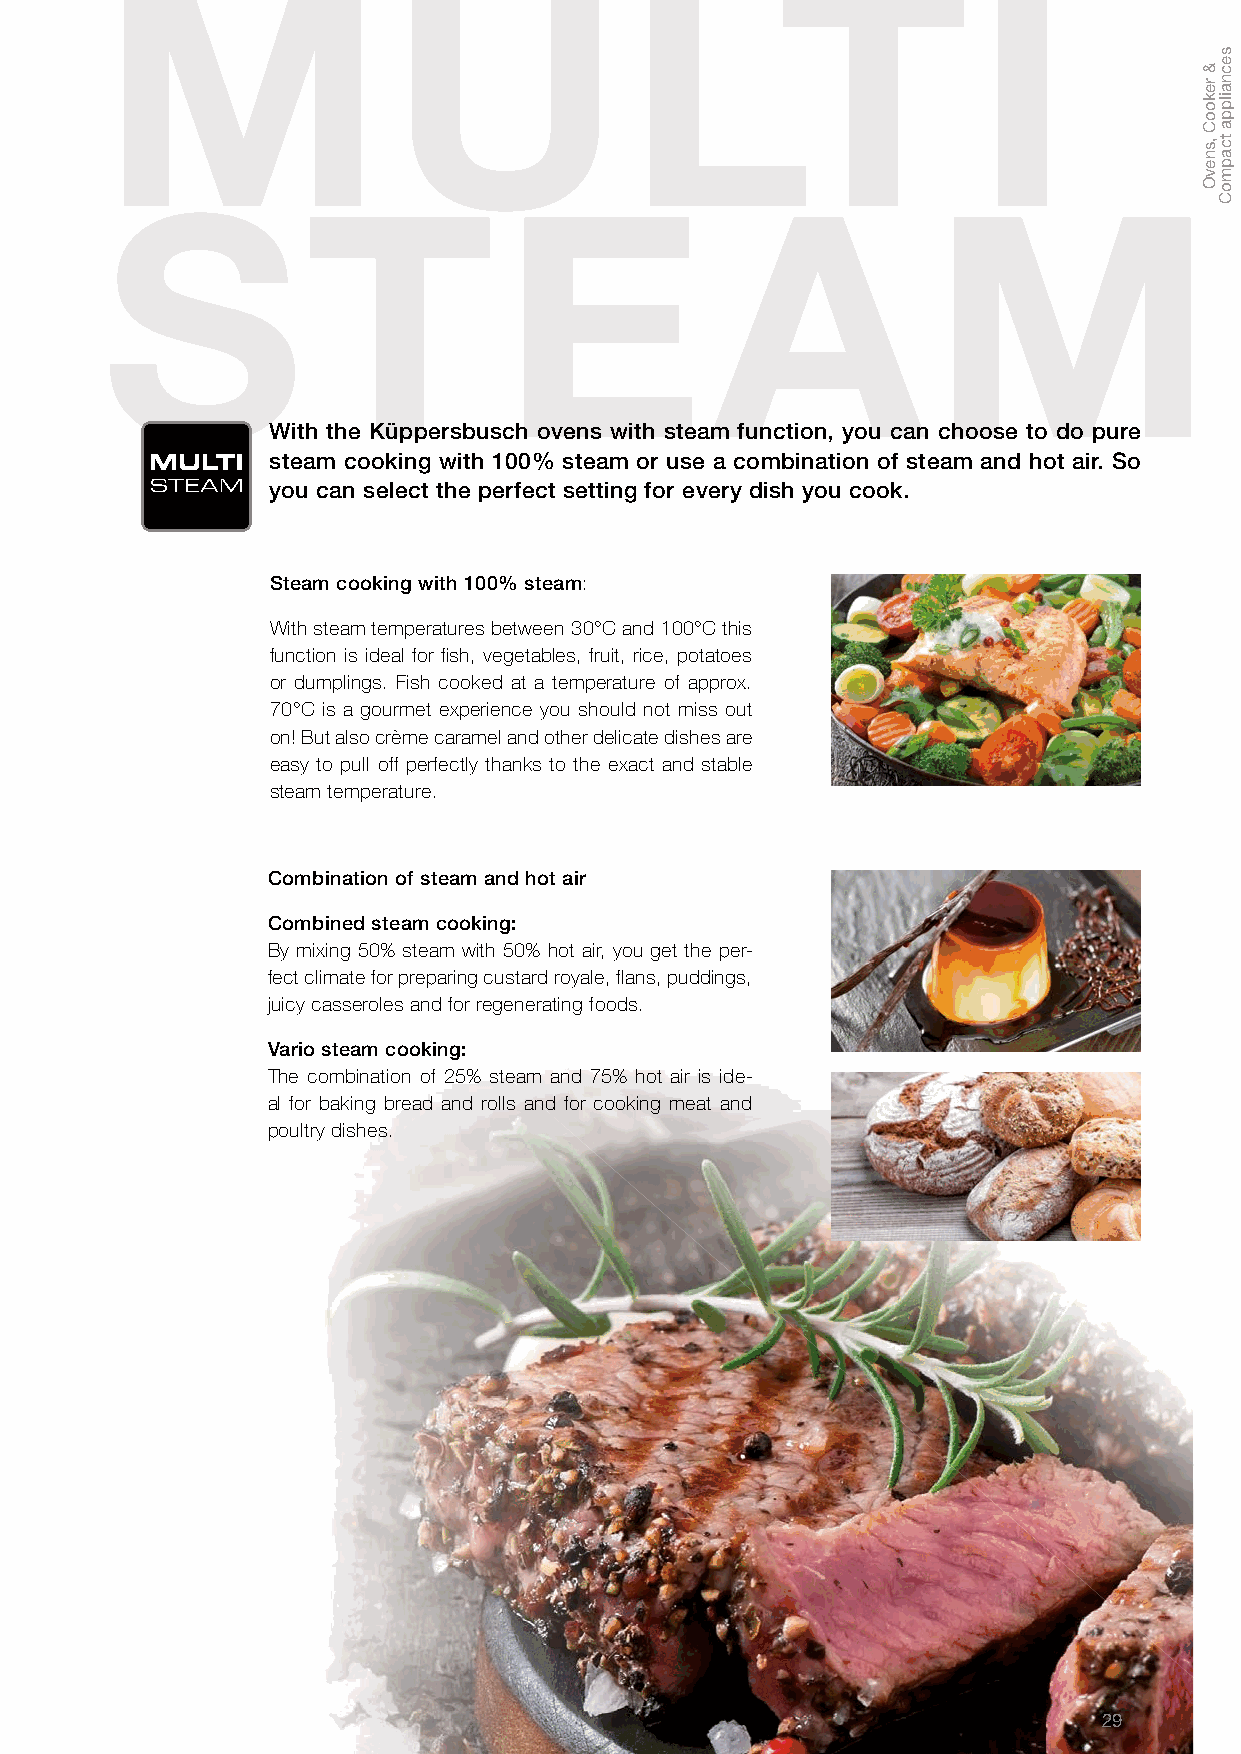
M                  U               LT                     I
 ST                        E             A              M
 With the Küppersbusch ovens with steam function, you can choose to do pure
 MULTI   steam cooking with 100% steam or use a combination of steam and hot air. So
 STEAM   you can select the perfect setting for every dish you cook.
 Steam cooking with 100% steam:
 With steam temperatures between 30°C and 100°C this
 function is ideal for fish, vegetables, fruit, rice, potatoes
 or dumplings. Fish cooked at a temperature of approx.
 70°C is a gourmet experience you should not miss out
 on! But also crème caramel and other delicate dishes are
 easy to pull off perfectly thanks to the exact and stable
 steam temperature.
 Combination of steam and hot air
 Combined steam cooking:
 By mixing 50% steam with 50% hot air, you get the per-
 fect climate for preparing custard royale, flans, puddings,
 juicy casseroles and for regenerating foods.
 Vario steam cooking:
 The combination of 25% steam and 75% hot air is ide-
 al for baking bread and rolls and for cooking meat and
 poultry dishes.
 29
 &
 rekooC
 ,snevO
 secnailppa
 tcapmoC